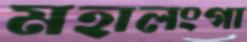
মহালংগা